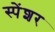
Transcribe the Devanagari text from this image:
स्पेंशर